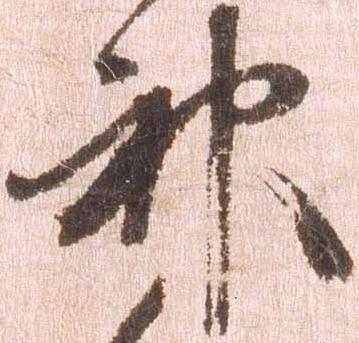
神